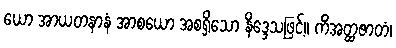
ယော အာယတနာနံ အာစယော အစရှိသော နိဒ္ဒေသဖြင့်။ ကိံအတ္ထဇာတံ၊